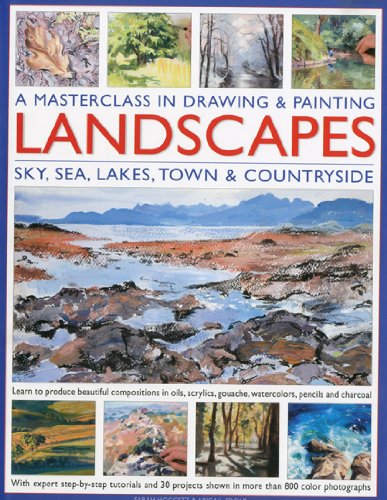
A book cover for A Masterclass in Drawing and Painting Landscapes: Learn to produce beautiful landscapes in oil, acrylic, gouache, watercolor, pencil and charcoal; Sarah Hoggett; Arts & Photography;